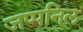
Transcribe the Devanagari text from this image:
जप्पनिल